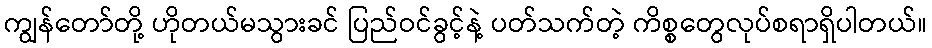
ကျွန်တော်တို့ ဟိုတယ်မသွားခင် ပြည်ဝင်ခွင့်နဲ့ ပတ်သက်တဲ့ ကိစ္စတွေလုပ်စရာရှိပါတယ်။